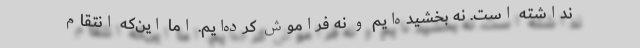
نداشته است. نه بخشیده‌ایم و نه فراموش کرده‌ایم. اما این‌که انتقام